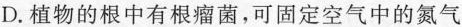
D.植物的根中有根瘤菌，可固定空气中的氮气